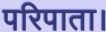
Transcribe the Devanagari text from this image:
परिपाता।